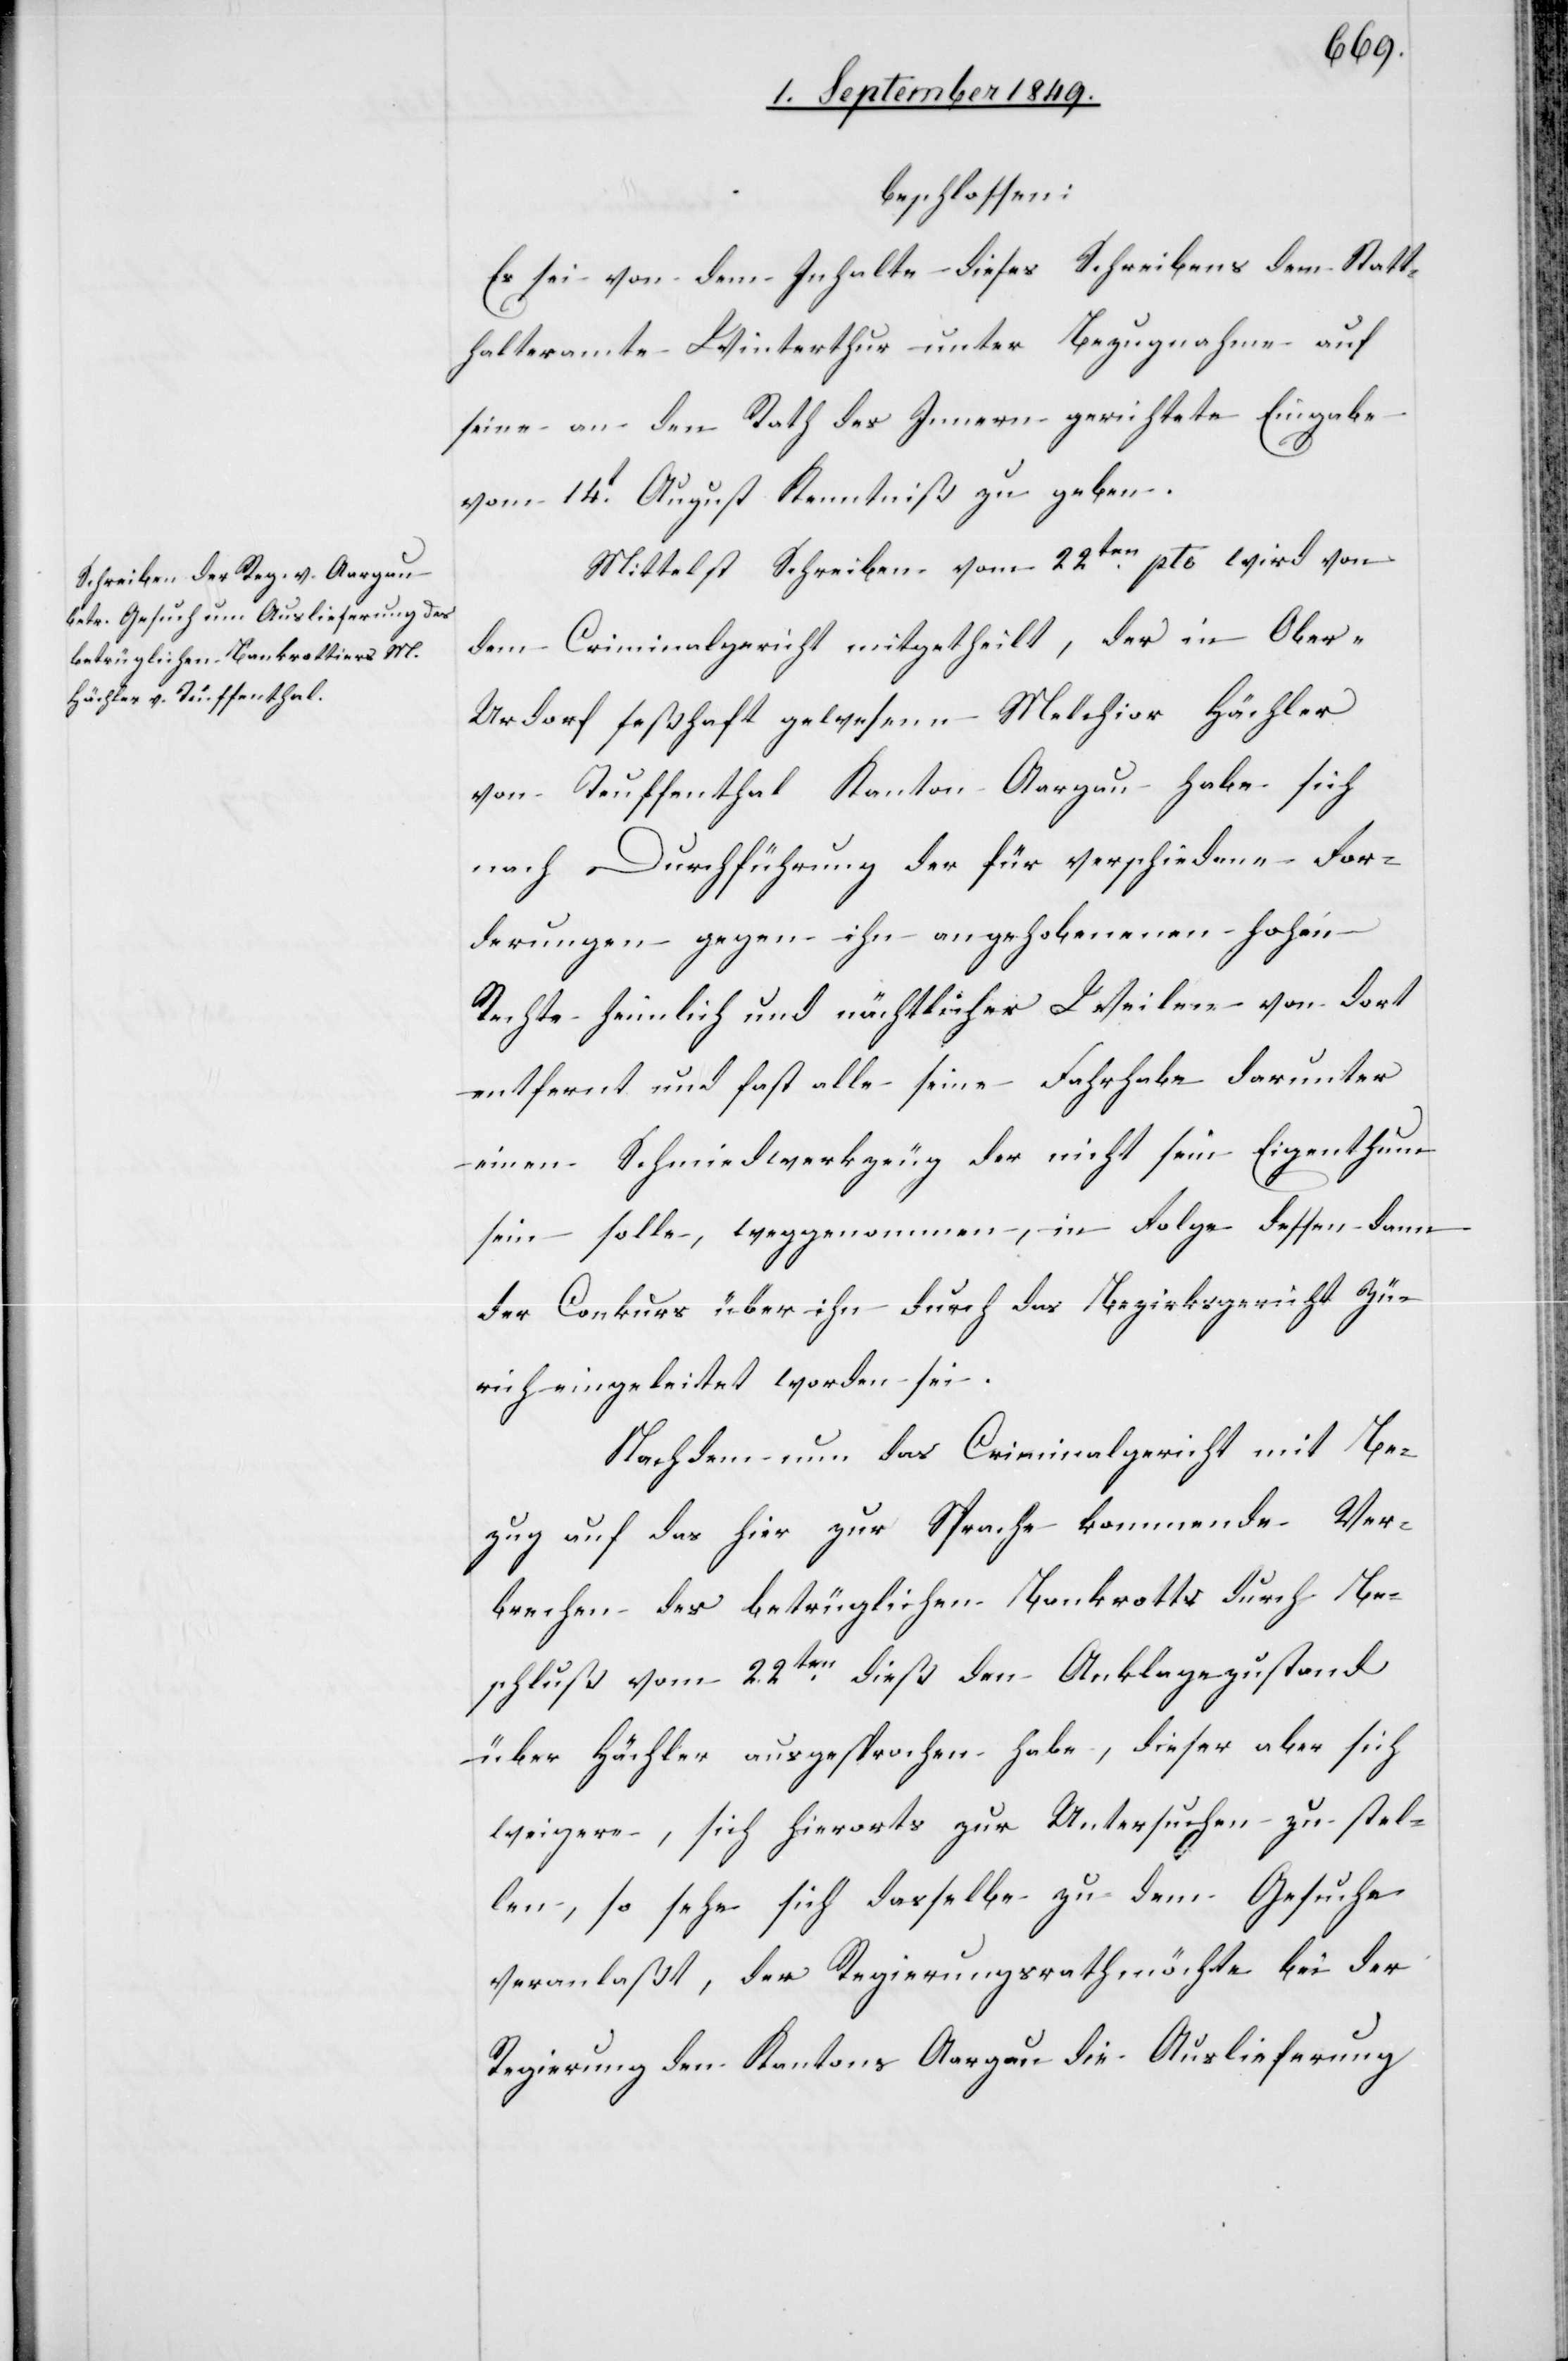
brechen
beschlossen:
Es sei von dem Inhalte dieses Schreibens dem Statt¬
den
halteramte Winterthur unter Bezugnahme auf
seine an den Rath des Innern gerichtete Eingabe
vom 14t August Kenntniß zu geben.
Mittelst Schreiben vom 22ten pto wird von
dem Criminalgericht mitgetheilt, der in Ober-U¬
rdorf seßhaft gewesene Melchior Hächler
von Teuffenthal Kanton Aargau habe sich
nach Durchführung der für verschiedene For¬
derungen gegen ihn angehobenenen [si¬
Rechte heimlich und nächtliches Weilen von dort
entfernt und fast alle seine Fahrhabe darunter
einen Schmiedwerkzeug der nicht sein Eigenthum
sein solle, weggenommen, in Folge dessen dann
der Conkurs über ihn durch das Bezirksgericht Zü¬
rich eingeleitet worden sei.
Nachdem nun das Criminalgericht mit Be¬
zug auf das hier zur Sprache kommende Ver¬
über Hächler ausgesprochen habe, dieser aber sich
weigere, sich hierorts zur Untersuchen zu stel¬
len, so sehe sich dasselbe zu dem Gesuche
veranlaßt, der Regierungsrath möchte bei der
Regierung den Kantons Aargau die Auslieferung